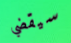
سيقضي